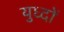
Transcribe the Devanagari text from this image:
युध्दों